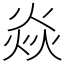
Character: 焱